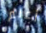
أعلم